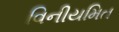
વિનીયમિત